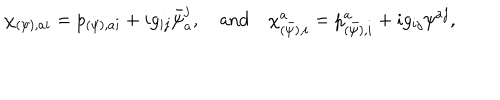
\chi _ { ( \psi ) , a i } = p _ { ( \psi ) , a i } + i g _ { i j } \bar { \psi } _ { a } ^ { j } , \quad \mathrm { a n d } \quad \chi _ { ( \bar { \psi } ) , i } ^ { a } = p _ { ( \bar { \psi } ) , i } ^ { a } + i g _ { i j } \psi ^ { a j } ,